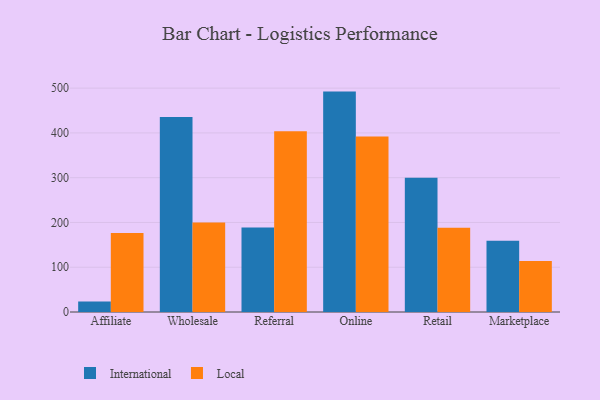
{"axis": {"x": "Channel", "y": "Production Output"}, "legend": ["International", "Local"], "data": [{"x": "Affiliate", "y": 23.3, "type": "International"}, {"x": "Affiliate", "y": 176.5, "type": "Local"}, {"x": "Wholesale", "y": 435.7, "type": "International"}, {"x": "Wholesale", "y": 199.7, "type": "Local"}, {"x": "Referral", "y": 188.9, "type": "International"}, {"x": "Referral", "y": 403.4, "type": "Local"}, {"x": "Online", "y": 492.2, "type": "International"}, {"x": "Online", "y": 391.8, "type": "Local"}, {"x": "Retail", "y": 299.7, "type": "International"}, {"x": "Retail", "y": 187.9, "type": "Local"}, {"x": "Marketplace", "y": 159.3, "type": "International"}, {"x": "Marketplace", "y": 113.9, "type": "Local"}]}